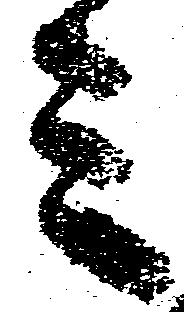
ミ